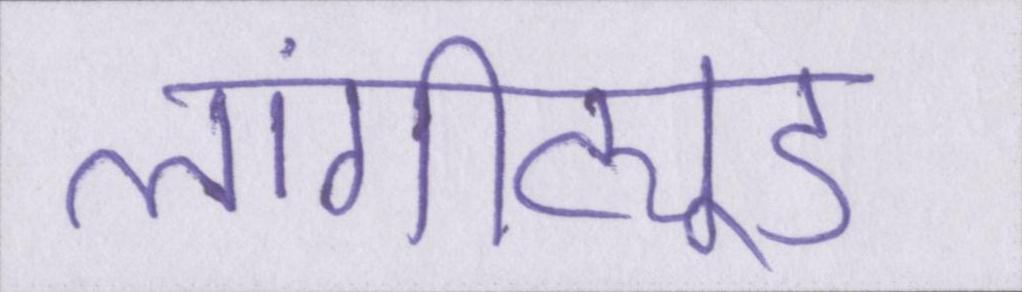
लांगीट्यूड